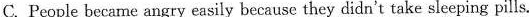
C.People became angry easily because they didn't take sleeping pills.